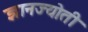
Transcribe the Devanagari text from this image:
ज्ञानज्योती